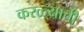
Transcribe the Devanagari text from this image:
करळ्याची